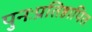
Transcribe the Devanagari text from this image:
पुनःप्रतिष्ठापित